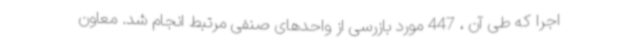
اجرا که طی آن ، 447 مورد بازرسی از واحدهای صنفی مرتبط انجام شد. معاون